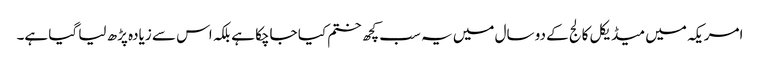
امریکہ میں میڈیکل کالج کے دو سال میں یہ سب کچھ ختم کیا جاچکا ہے بلکہ اس سے زیادہ پڑھ لیا گیا ہے۔